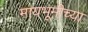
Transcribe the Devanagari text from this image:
मायभूमीच्या